Scottish Certificate of Education, 1963
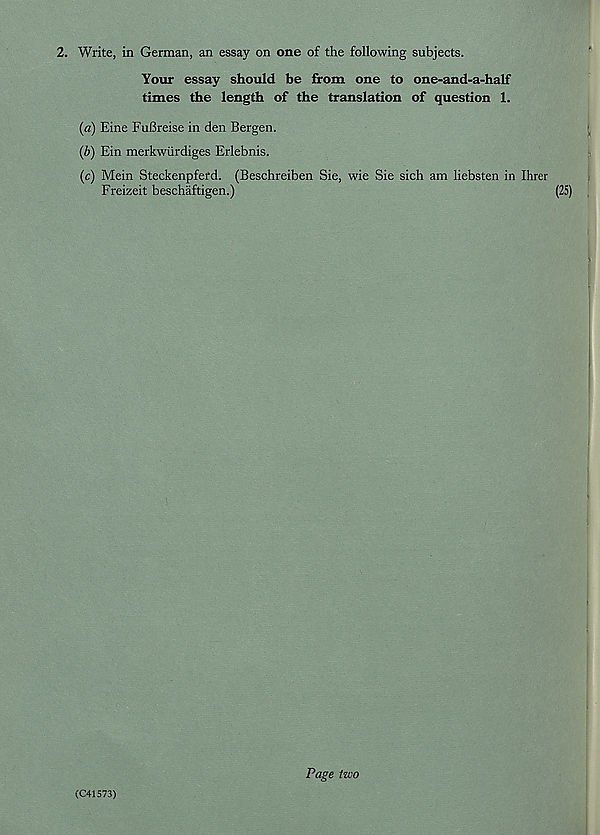
2. Write, in German, an essay on one of the following subjects.
Your essay should be from one to one-and-a-half
times the length of the translation of question 1.
(a) Eine FuBreise in den Bergen.
(b) Ein merkwiirdiges Erlebnis.
(c) Mein Steckenpferd. (Beschreiben Sie, wie Sie sich am liebsten in Hirer
Freizeit beschaftigen.)
(25)
(C41573)
Page two